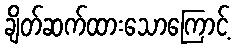
ချိတ်ဆက်ထားသောကြောင့်